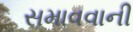
સમાવવાની